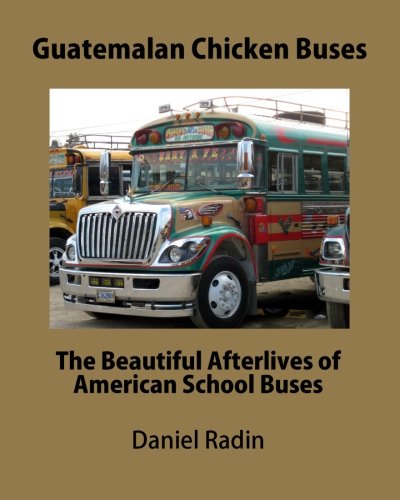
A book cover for Guatemalan Chicken Buses: The Beautiful Afterlives of American School Buses; Mr. Daniel Radin; Travel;